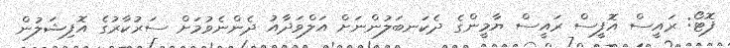
ފޮޓޯ: ރައީސް އޮފީސް ރައީސް ޔާމީންގެ ދެކަނބަލުންނަށް އަލްވަދާއު ދެންނެވުމަށް ސަރުކާރުގެ އޮފިޝަލުން